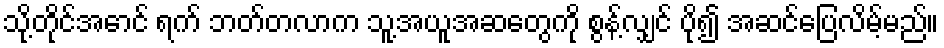
သို့တိုင်အောင် ရက် ဘတ်တလာက သူ့အယူအဆတွေကို စွန့်လျှင် ပို၍ အဆင်ပြေလိမ့်မည်။